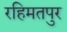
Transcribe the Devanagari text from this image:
रहिमतपुर